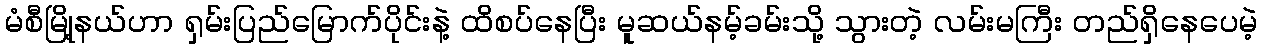
မံစီမြို့နယ်ဟာ ရှမ်းပြည်မြောက်ပိုင်းနဲ့ ထိစပ်နေပြီး မူဆယ်နမ့်ခမ်းသို့ သွားတဲ့ လမ်းမကြီး တည်ရှိနေပေမဲ့